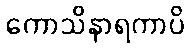
ကောသိနာရကာပိ